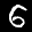
Label: 6